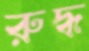
রুদ্ধ